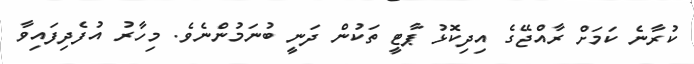
ކުރާނެ ކަމަށް ރާއްޖޭގެ އިދިކޮޅު ޕާޓީ ތަކުން ދަނީ ބުނަމުންނެވެ. މިހާރު އުފެދިފައިވާ